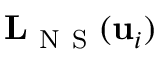
\mathbf { L } _ { \mathrm { ~ N ~ S ~ } } ( \mathbf { u } _ { i } )